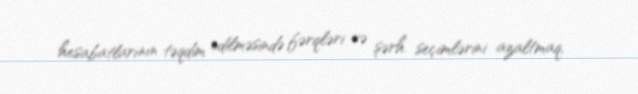
hesabatlarının təqdim edilməsində fərqləri və şərh seçimlərini azaltmaq,